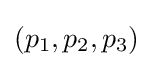
(p_{1},p_{2},p_{3})